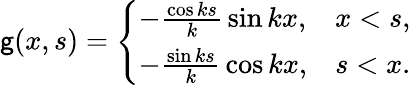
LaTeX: \mathsf{g}(x,s)={\left\{ \begin{array}{ll}{-{\frac{\cos ks}{k}}\sin kx,}&{x<s,}\\ {-{\frac{\sin ks}{k}}\cos kx,}&{s<x.}\end{array}\right.}